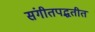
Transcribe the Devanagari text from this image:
संगीतपद्धतीत